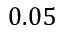
0 . 0 5